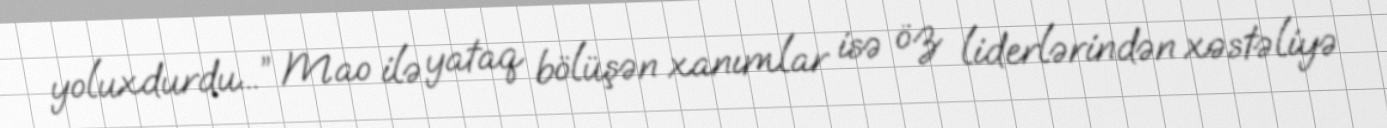
yoluxdurdu...” Mao ilə yataq bölüşən xanımlar isə öz liderlərindən xəstəliyə